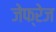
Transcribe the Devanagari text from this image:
जेफ्रेज